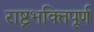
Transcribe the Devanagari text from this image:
राष्ट्रभक्तिपूर्ण